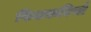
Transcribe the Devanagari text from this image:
फिटकरियाँ